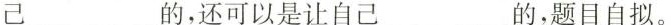
己___的，还可以是让自己___的，题目自拟。